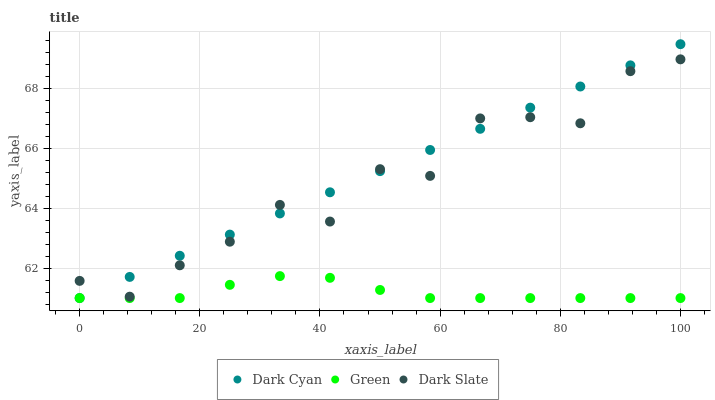
| xaxis_label | Dark Cyan | Green | Dark Slate |
 | --- | --- | --- | --- |
 | 0 | 61 | 61 | 61.6 |
 | 8.33 | 61.7 | 61 | 61 |
 | 16.7 | 62.4 | 61 | 62.1 |
 | 25 | 63.1 | 61.4 | 62.9 |
 | 33.3 | 63.8 | 61.7 | 64.1 |
 | 41.7 | 64.5 | 61.7 | 63.6 |
 | 50 | 65.2 | 61.3 | 65.3 |
 | 58.3 | 65.9 | 61 | 65.1 |
 | 66.7 | 66.6 | 61 | 67 |
 | 75 | 67.3 | 61 | 67 |
 | 83.3 | 68.1 | 61 | 66.8 |
 | 91.7 | 68.8 | 61 | 68.6 |
 | 100 | 69.5 | 61 | 69 |